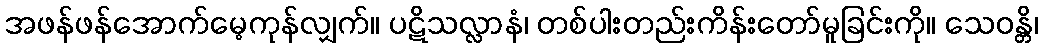
အဖန်ဖန်အောက်မေ့ကုန်လျှက်။ ပဋိသလ္လာနံ၊ တစ်ပါးတည်းကိန်းတော်မူခြင်းကို။ သေဝန္တိ၊